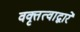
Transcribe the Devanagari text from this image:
वक्तृत्वाद्वारे